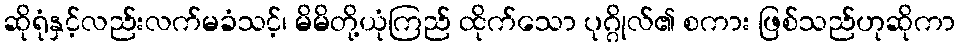
ဆိုရုံနှင့်လည်းလက်မခံသင့်၊ မိမိတို့ယုံကြည် ထိုက်သော ပုဂ္ဂိုလ်၏ စကား ဖြစ်သည်ဟုဆိုကာ